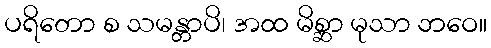
ပရိတော စ သမန္တာပိ၊ အထ မိစ္ဆာ မုသာ ဘဝေ။